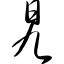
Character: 旯